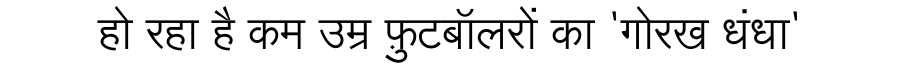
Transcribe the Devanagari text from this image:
हो रहा है कम उम्र फ़ुटबॉलरों का 'गोरख धंधा'